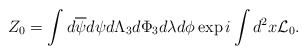
\begin{align*}Z_0 = \int d\overline{\psi}d\psi d{\Lambda}_3 d\Phi_3d\lambda d\phi\exp i\int d^2x {\cal L}_0.\end{align*}